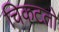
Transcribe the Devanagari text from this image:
चिकटतो